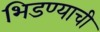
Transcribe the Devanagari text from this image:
भिडण्याची